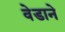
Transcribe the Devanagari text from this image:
वेडाने